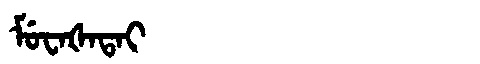
Manchu: ᠮᡠᠸᠠᡧᠠᡨᠠᡳ
Romanization: MUWAŠATAI